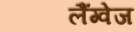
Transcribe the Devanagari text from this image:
लैंग्‍वेज